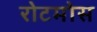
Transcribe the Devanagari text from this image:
रोटमोस